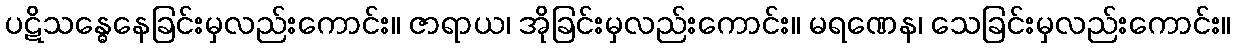
ပဋိသန္ဓေနေခြင်းမှလည်းကောင်း။ ဇာရာယ၊ အိုခြင်းမှလည်းကောင်း။ မရဏေန၊ သေခြင်းမှလည်းကောင်း။